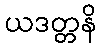
ယဒတ္တနိ